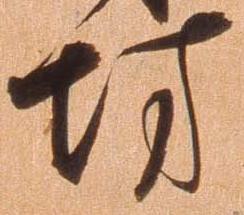
防